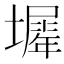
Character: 𡒛